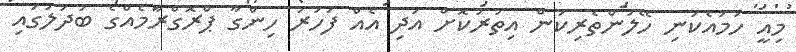
މިއީ ހަމައެކަނި ހޭލުންތެރިކަން އިތުރުކޮށް އަދި އެއް ފަހަރު ހިންގާ ޕްރޮގްރާމެއްގެ ބަދަލުގައި